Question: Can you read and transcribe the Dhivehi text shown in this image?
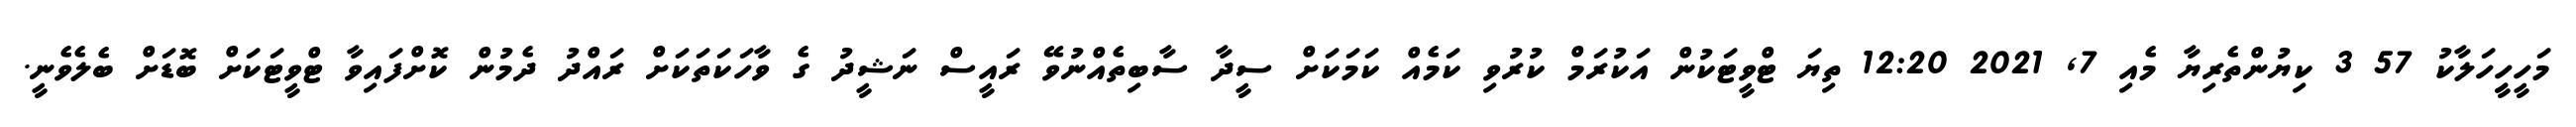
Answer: މަހީހިީހަލާކު 57 3 ކިޔުންތެރިޔާ މެއި 7, 2021 12:20 ތިޔަ ޓްވީޓަކުން އަކުރަމް ކުރުވި ކަމެއް ކަމަކަށް ސީދާ ސާބިތެއްނުވޭ ރައީސް ނަޝީދު ގެ ވާހަކަތަކަށް ރައްދު ދެމުން ކޮށްފައިވާ ޓްވީޓަކަށް ބޮޑަށް ބެލެވެނީ.